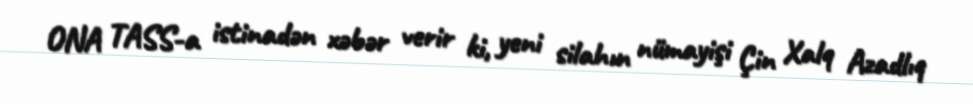
ONA TASS-a istinadən xəbər verir ki, yeni silahın nümayişi Çin Xalq Azadlıq